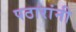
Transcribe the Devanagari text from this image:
पठारांनी